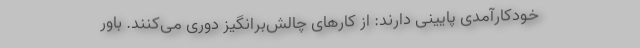
خودکارآمدی پایینی دارند: از کارهای چالش‌برانگیز دوری می‌کنند. باور